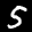
Digit: 5